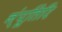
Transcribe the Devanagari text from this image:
न्ंपूतिरि